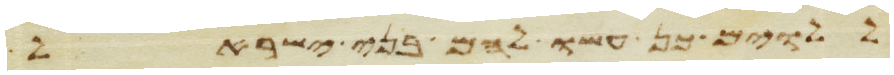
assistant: ללוים כן עשו להם בני ישראל